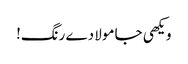
ویکھی جا مولا دے رنگ!